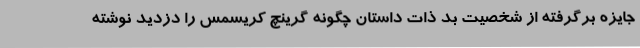
جایزه برگرفته از شخصیت بد ذات داستان چگونه گرینچ کریسمس را دزدید نوشته